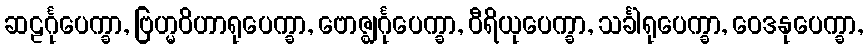
ဆဠင်္ဂုပေက္ခာ, ဗြဟ္မဝိဟာရုပေက္ခာ, ဗောဇ္ဈင်္ဂုပေက္ခာ, ဝီရိယုပေက္ခာ, သင်္ခါရုပေက္ခာ, ဝေဒနုပေက္ခာ,